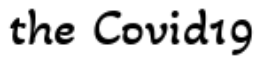
the Covid19